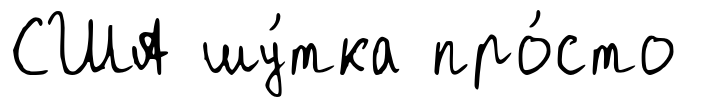
США шу́тка про́сто